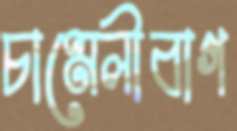
চামেলীবাগ